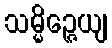
သမ္မိဉ္ဇေယျ